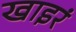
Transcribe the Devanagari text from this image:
खाइरं